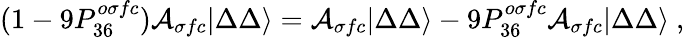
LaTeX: (1-9P_{36}^{o\sigma fc}){\cal A}_{\sigma fc}|\Delta\Delta\rangle={\cal A}_{\sigma fc}|\Delta\Delta\rangle-9P_{36}^{o\sigma fc}{\cal A}_{\sigma fc}|\Delta\Delta\rangle\ ,